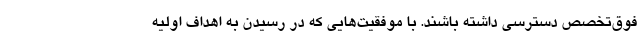
فوق‌تخصص دسترسی داشته باشند. با موفقیت‌هایی که در رسیدن به اهداف اولیه